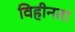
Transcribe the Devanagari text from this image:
विहीनता